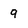
Character: 9